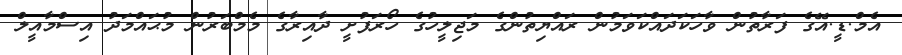
އެމް.ޑީ.އޭގެ ފަރާތުން ވާހަކަދައްކަވަމުން ރައްޔިތުންގެ މަޖިލީހުގެ ހޯރަފުށީ ދާއިރާގެ މެމްބަރުން މުޙައްމަދު އިސްމާއީލް